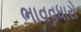
ભાવવધારો